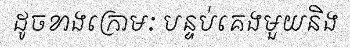
ដូចខាងក្រោមៈ បន្ទប់គេងមួយនិង